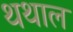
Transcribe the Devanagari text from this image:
थथाल